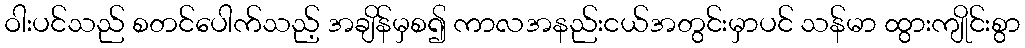
ဝါးပင်သည် စတင်ပေါက်သည့် အချိန်မှစ၍ ကာလအနည်းငယ်အတွင်းမှာပင် သန်မာ ထွားကျိုင်းစွာ